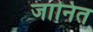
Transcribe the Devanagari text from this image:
जानित